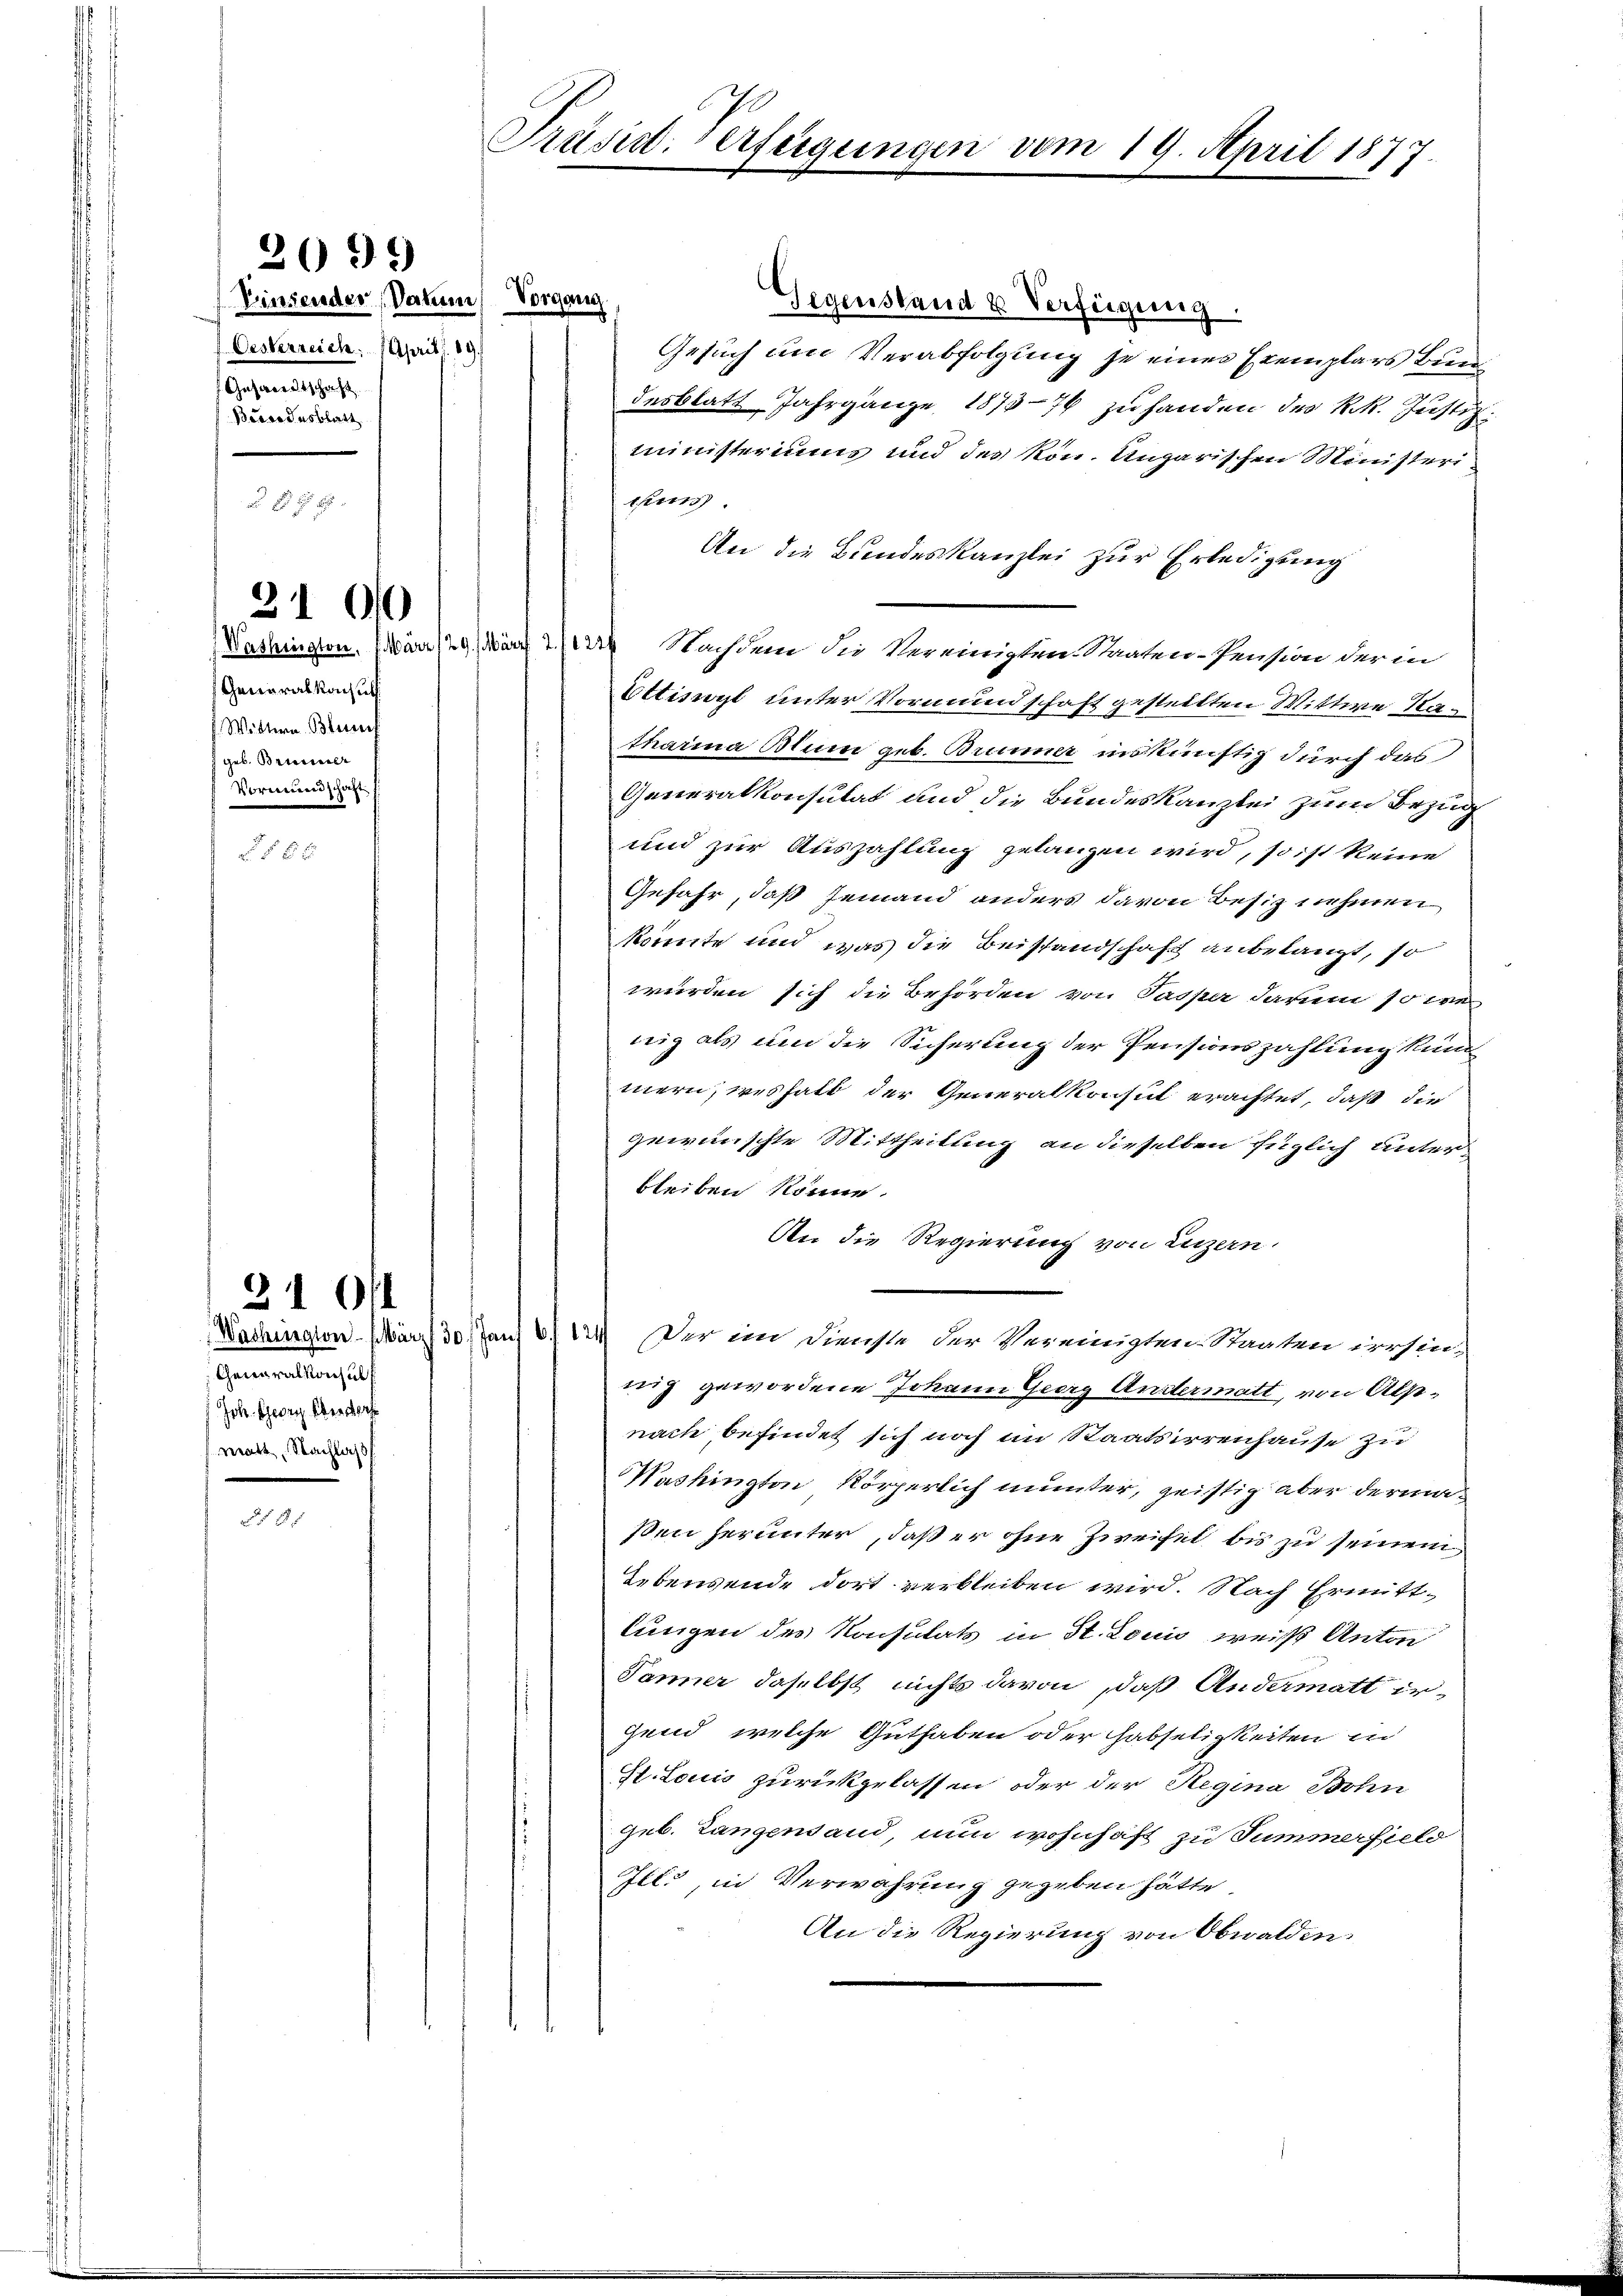
2

2099

Vinsender Datum Vorgang
Oesterreich: Aprils. 89.
Gesandtschaft
Bravodusblatt

Generalkonsich
Wittern Bessers
7 geb. Brunner
Vormundschaft

21 00

310/1
Generalkonsuls
Joh. Georg Oberdorf
matt, Nachlaß

Gegenstand & Verfügung.
Gesuch um Verabfolgung je eines Exemplars Bundesblatt Jahrgange 1875-76 zu handen des k.k. Justiz.
ministeriums und des kon. Ungarischen Ministeri
tes.
An die Bundeskanzlei zur Erledigung
Washington. (är 129. März 229 Nachdem die Vereinigten Staaten-Pension der in
Ettinyl unter Vormundschaft gestellten Wittwe Kan
tharina Blum geb. Brunner inskünstig durch das
Generalkonsulat und die Bundeskanzlei zum Bezug
und zur Auszahlung gelangen wird, so ist keine
Gefahr, daß jemand anders davon Besiz nehmen
könnte und was die Beistandschaft anbelangt, so
wurden sich die Behörden von Pasper darum so we
nig als um die Sicherung der Pensionszahlung kund
mern, weshalt der Generalkonsut erachtet, daß die
gewünschte Mittheilung an dieselben füglich unterbleiben könne.
An die Regierung von Luzern.
Washington März 30 Jan 6/124) Der im Dienste der Vereinigten Staaten irrsin-
nig gewordene Johann Georg Andermatt, von Alpnach befindet sich noch im Staatsirrenhause zu
Nashington Körperlich munter, geistig aber dermaßen herunter, daß er ohne Zweifel bis zu seinem
Lebensende dort verbleiben wird. Nach Ermittlungen des Konsulats in St. Louis weiß Anton
Panner daselbst nichts davon, daß Andermatt irgend, welche Guthaben oder Habseligkeiten in
St. Louis zurückgelassen oder der Regina Bohn
geb. Langentand, nun wohnhaft zu Summerfield
tl. in Verwahrung gegeben hätte.
An die Regierung von Obwalden:

Präsid. Verfügungen vom 19. April 1877.